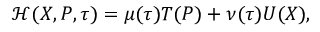
\begin{array} { r } { \mathcal { H } ( \ensuremath { \boldsymbol { X } } , \ensuremath { \boldsymbol { P } } , \tau ) = \mu ( \tau ) T ( \ensuremath { \boldsymbol { P } } ) + \nu ( \tau ) U ( \ensuremath { \boldsymbol { X } } ) , } \end{array}